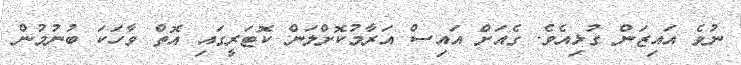
ނުވެ އައިޒަން ގުޅިއެވެ. ގެއަށް އައިސް އަރާމުކޮށްލަން ކޮޓަރީގައި އޮތް ވާހަކަ ބުނުމުން